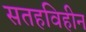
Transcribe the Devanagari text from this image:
सतहविहीन